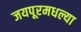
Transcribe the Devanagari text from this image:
जयपूरमधल्या